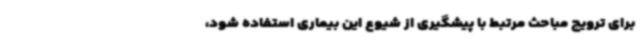
برای ترویج مباحث مرتبط با پیشگیری از شیوع این بیماری استفاده شود،